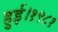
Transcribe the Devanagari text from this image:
हुई।१९८१